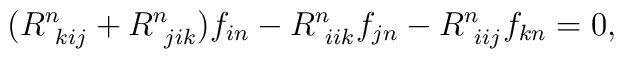
(R^n_{~kij} + R^n_{~jik})f_{in} - R^n_{~iik}f_{jn} - R^n_{~iij}f_{kn} = 0,